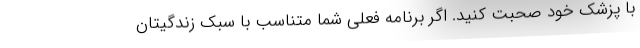
با پزشک خود صحبت کنید. اگر برنامه فعلی شما متناسب با سبک زندگیتان